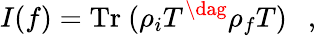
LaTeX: I(f)=\mathrm{Tr}~(\rho_{i}{T}^{\dag}\rho_{f}T)~~~,